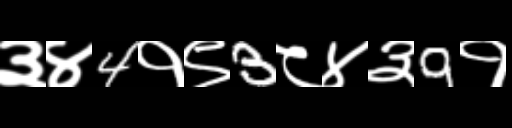
Text: ३४4१९3८४३9१